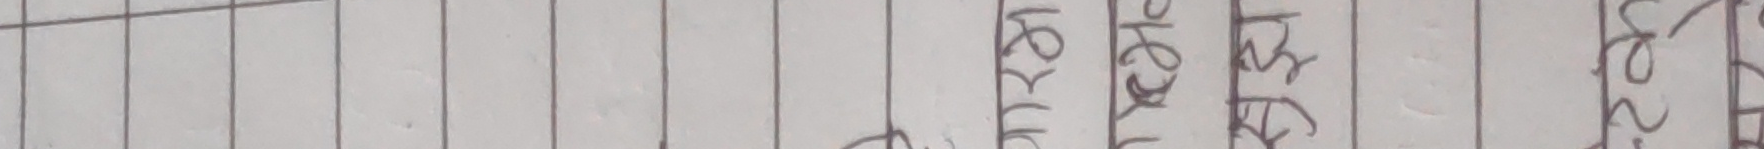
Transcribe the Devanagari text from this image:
त्यो कुराहरु